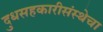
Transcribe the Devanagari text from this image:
दुधसहकारीसंस्थेचा